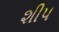
શીપ